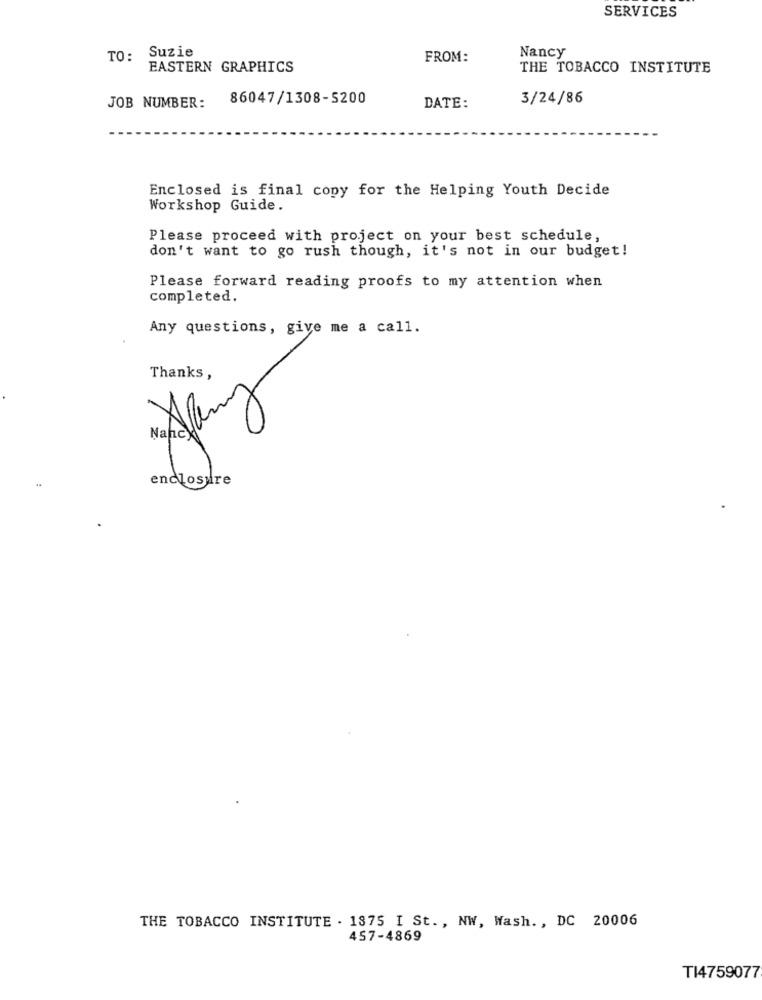
SERVICES
Suzie
Nancy
TO:
FROM:
EASTERN GRAPHICS
THE TOBACCO INSTITUTE
86047/1308-5200
3/24/86
JOB NUMBER:
DATE:
Enclosed is final copy for the Helping Youth Decide
Workshop Guide.
Please proceed with project on your best schedule,
don't want to go rush though, it's not in our budget!
Please forward reading proofs to my attention when
completed.
Any questions, give me a call.
Thanks,
enclosure
THE TOBACCO INSTITUTE . 1875 I St. , NW, Wash. , DC 20006
457-4869
T14759077